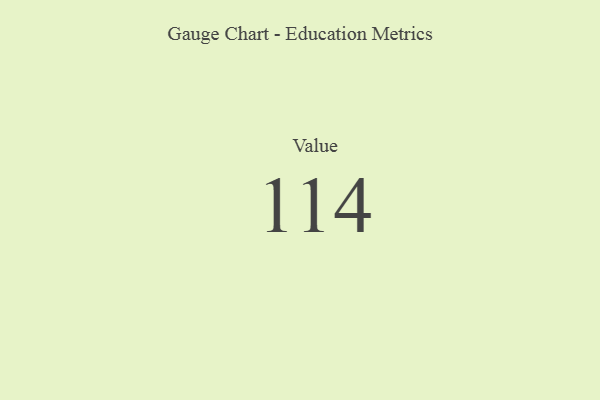
{"axis": {"x": "Metric", "y": "Value"}, "legend": [""], "data": [{"x": "Value", "y": 114, "type": ""}]}